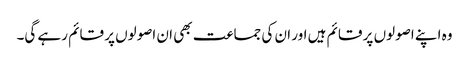
وہ اپنے اصولوں پر قائم ہیں اور ان کی جماعت بھی ان اصولوں پر قائم رہے گی۔